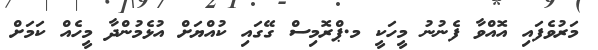
މަރުވެފައި އޮއްވާ ފެނުނު މީހަކީ މ.ޕްރޮމިސް ގޭގައި ކުއްޔަށް އުޅެމުންދާ މީހެއް ކަމަށް